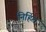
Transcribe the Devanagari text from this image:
निर्हित